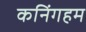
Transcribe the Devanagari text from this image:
कनिंगहम